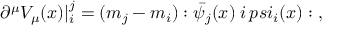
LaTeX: \partial ^ { \mu } V _ { \mu } ( x ) | _ { i } ^ { j } = ( m _ { j } - m _ { i } ) : \bar { \psi _ { j } } ( x ) \; i \, p s i _ { i } ( x ) : \; ,